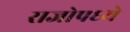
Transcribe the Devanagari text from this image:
राजोपध्ये